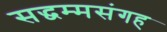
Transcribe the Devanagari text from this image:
सद्धम्मसंगह